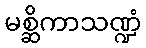
မစ္ဆိကာသဏ္ဍံ